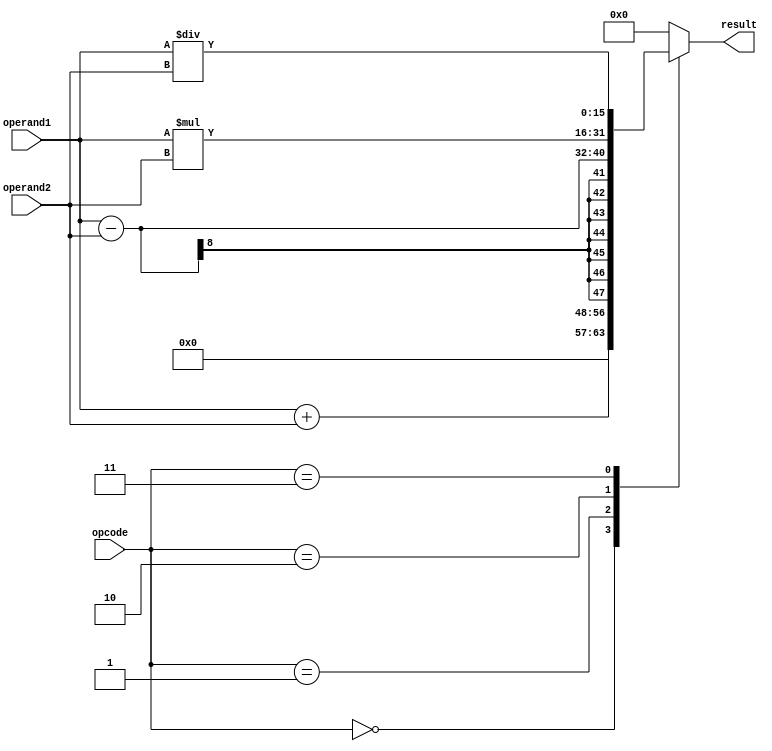
module Complex_ALU (
   input [7:0] operand1,
   input [7:0] operand2,
   input [2:0] opcode,
   output reg [15:0] result
);

// Adder
always @(*) begin
   case(opcode)
      3'b000: result = operand1 + operand2; // Add
      3'b001: result = operand1 - operand2; // Subtract
      3'b010: result = operand1 * operand2; // Multiply
      3'b011: result = operand1 / operand2; // Divide
      // Other arithmetic operations can be added here
      default: result = 16'b0; // Default case
   endcase
end

endmodule